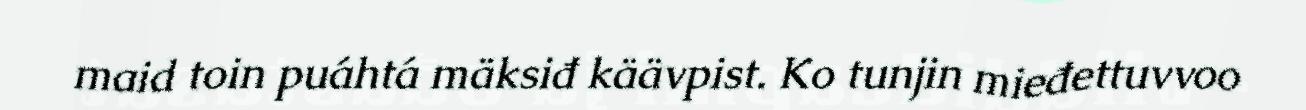
maid toin puáhtá mäksiđ käävpist. Ko tunjin mieđettuvvoo